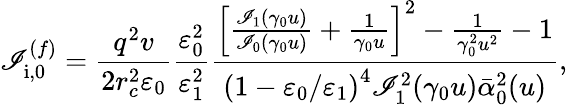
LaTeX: \mathscr{I}_{\mathrm{{i}},0}^{(f)}=\frac{{q^{2}v}}{{2r_{c}^{2}\varepsilon_{0}}}\frac{{\varepsilon_{0}^{2}}}{{\varepsilon_{1}^{2}}}\frac{{\left[\frac{{\mathscr{I}_{1}(\gamma_{0}u)}}{{\mathscr{I}_{0}(\gamma_{0}u)}}+\frac{{1}}{{\gamma_{0}u}}\right]^{2}-\frac{{1}}{{\gamma_{0}^{2}u^{2}}}-1}}{{\left(1-\varepsilon_{0}/\varepsilon_{1}\right)^{4}\mathscr{I}_{1}^{2}(\gamma_{0}u)\bar{{\alpha}}_{0}^{2}(u)}},